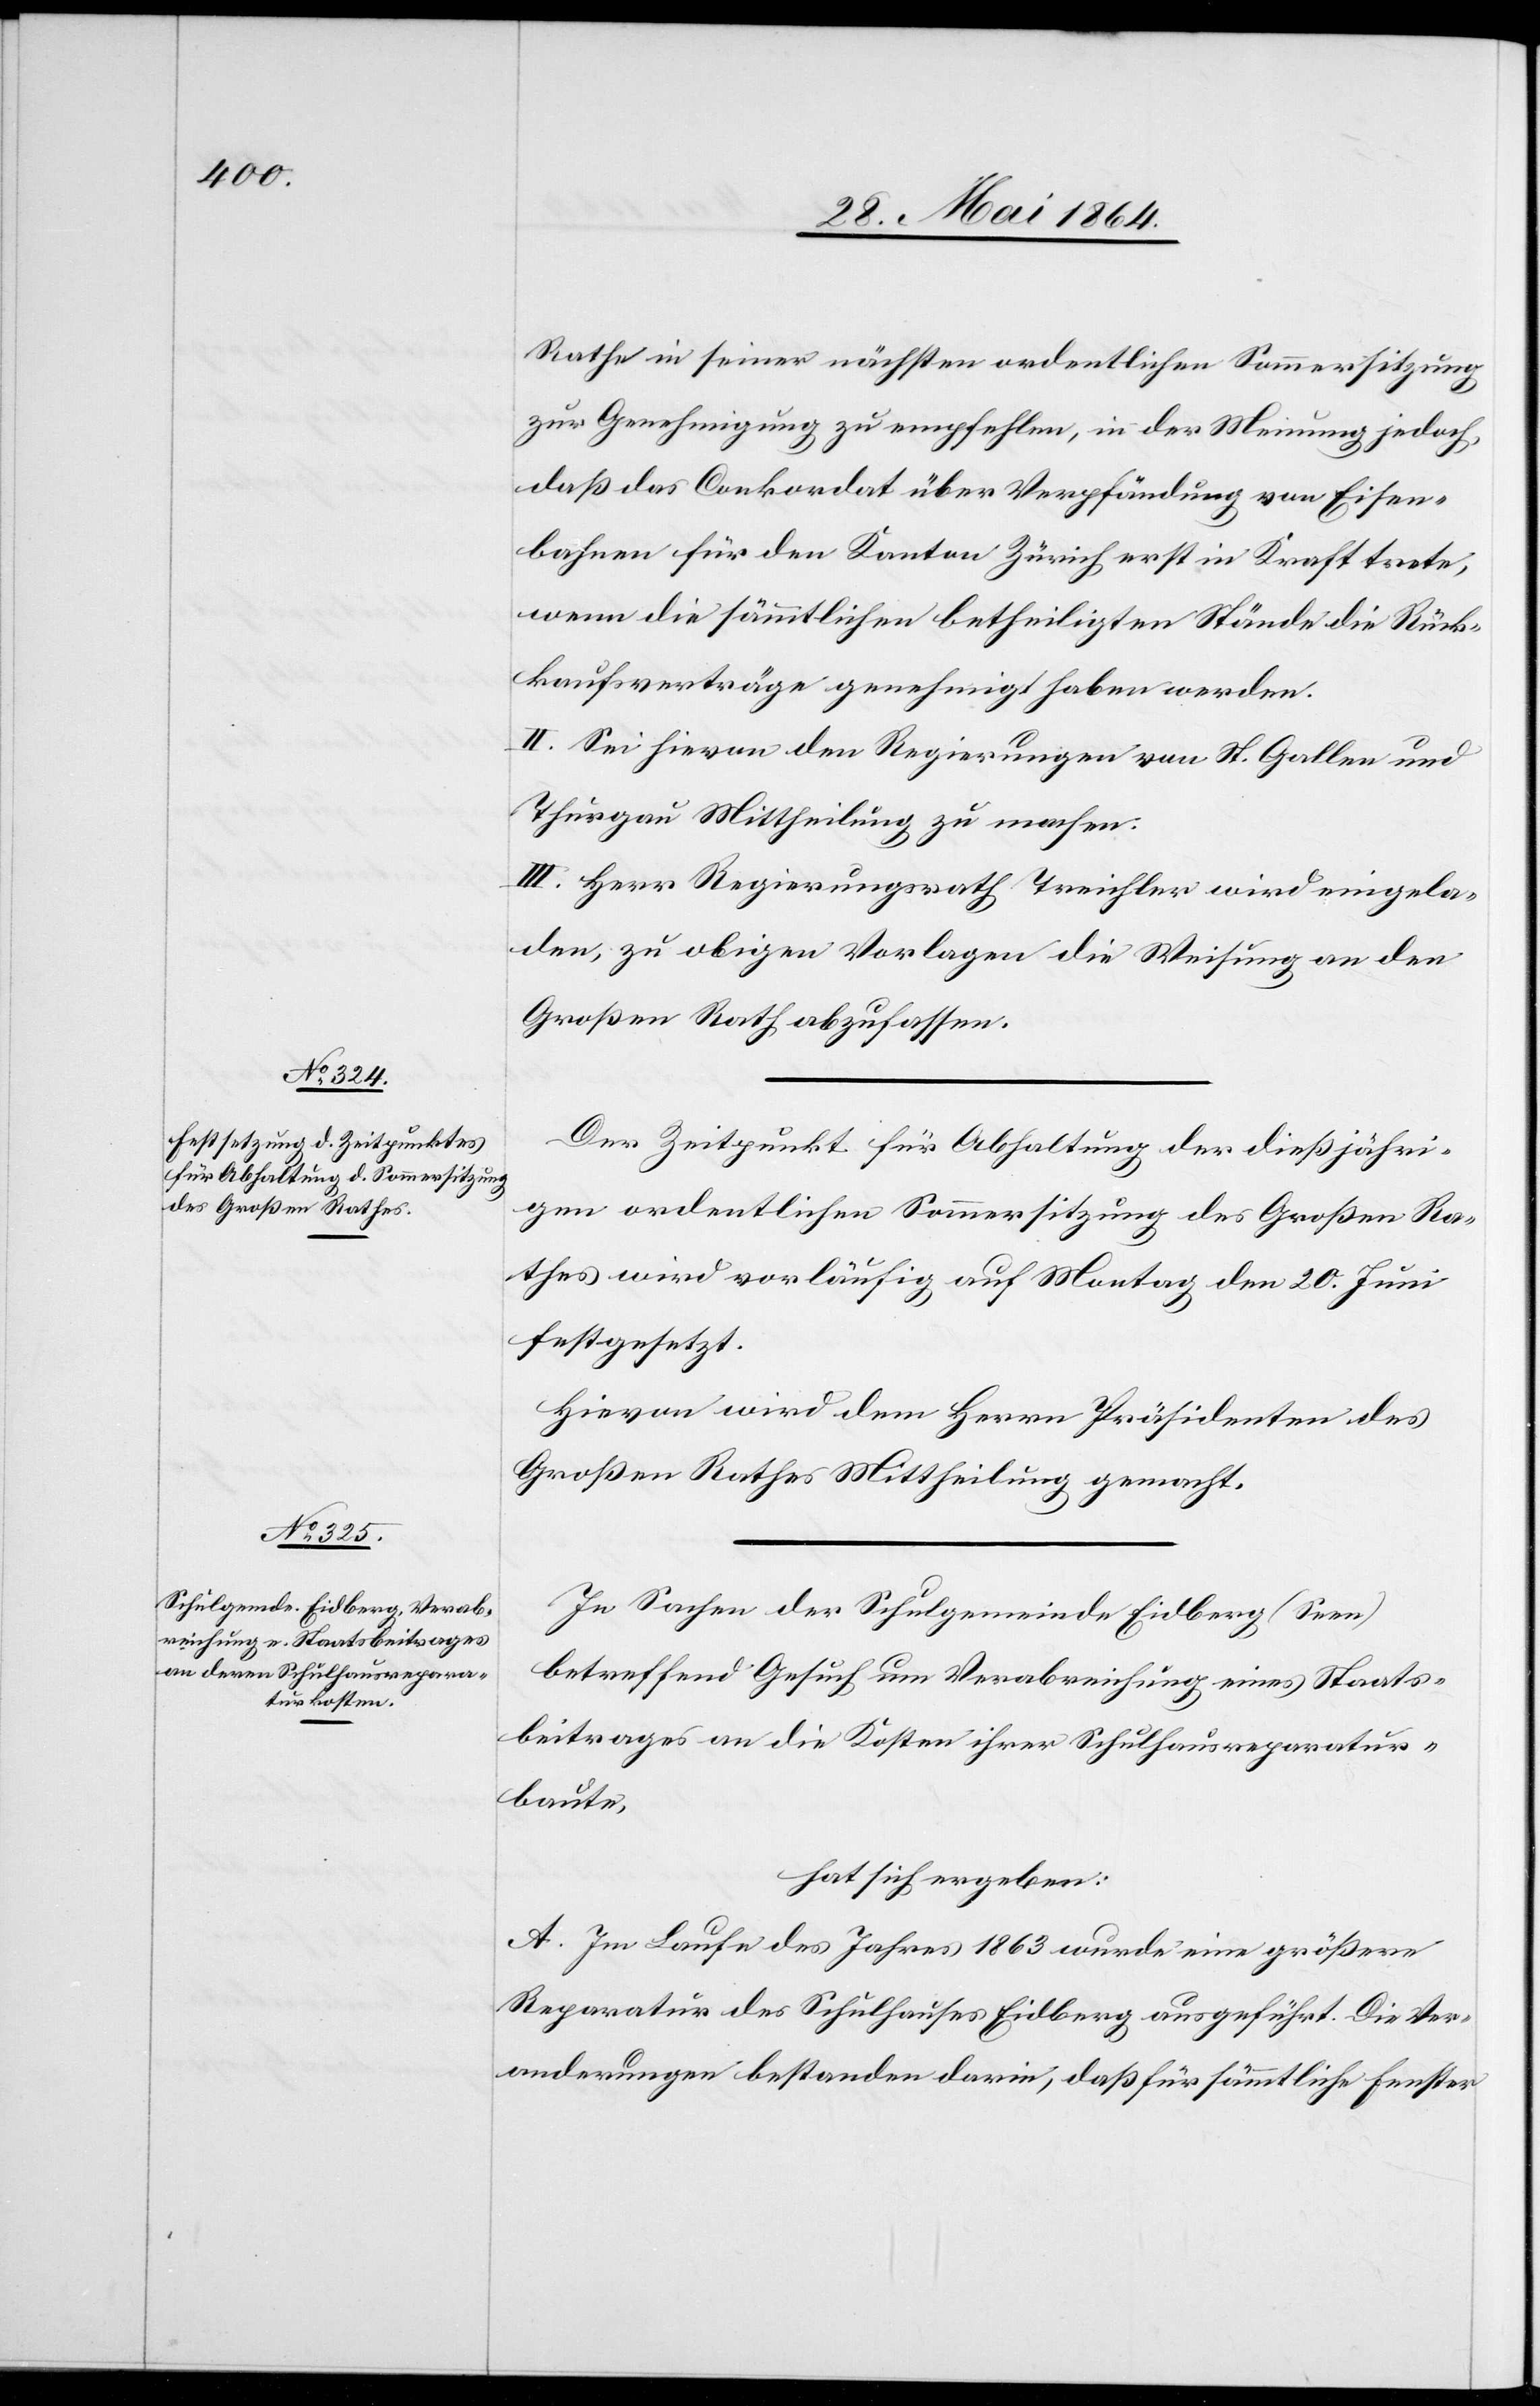
Rathe in seiner nächsten ordentlichen Sommersitzung
zur Genehmigung zu empfehlen, in der Meinung jedoch,
daß das Conkordat über Verpfändung von Eisen¬
bahnen für den Kanton Zürich erst in Kraft trete,
wenn die sämmtlichen betheiligten Stände die Rück¬
kaufsverträge genehmigt haben werden.
II. Sei hievon den Regierungen von St. Gallen und
Thurgau Mittheilung zu machen.
III. Herr Regierungsrath Treichler wird eingela¬
den, zu obigen Vorlagen die Weisung an den
Großen Rath abzulassen.
Der Zeitpunkt für Abhaltung der dießjähri¬
gen ordentlichen Sommersitzung des Großen Ra¬
thes wird vorläufig auf Monat den 20. Juni
festgesetzt.
Hievon wird dem Herrn Präsidenten des
Großen Rathes Mittheilung gemacht.
In Sachen der Schulgemeinde Eidberg (Seen)
betreffend Gesuch um Verabreichung eines Staats¬
beitrages an die Kosten ihrer Schulhausreparatur¬
baute,
hat sich ergeben:
A. Im Laufe des Jahres 1863 wurde eine größere
Reparatur des Schulhauses Eidberg ausgeführt. Die Ver¬
anderungen [sic!] bestanden darin, daß für sämmtliche Fenster